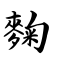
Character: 麴